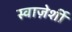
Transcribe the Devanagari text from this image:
स्वाज़ेर्शी